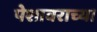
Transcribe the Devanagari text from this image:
पेशावराच्या